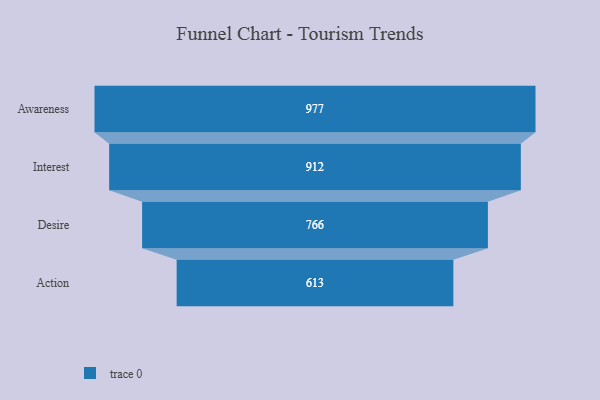
{"axis": {"x": "Stage", "y": "Value"}, "legend": [""], "data": [{"x": "Awareness", "y": 977.0, "type": ""}, {"x": "Interest", "y": 912.0, "type": ""}, {"x": "Desire", "y": 766.0, "type": ""}, {"x": "Action", "y": 613.0, "type": ""}]}